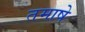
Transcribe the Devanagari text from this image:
तमाषे